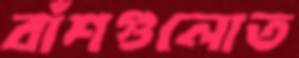
বাঁশগুলোত